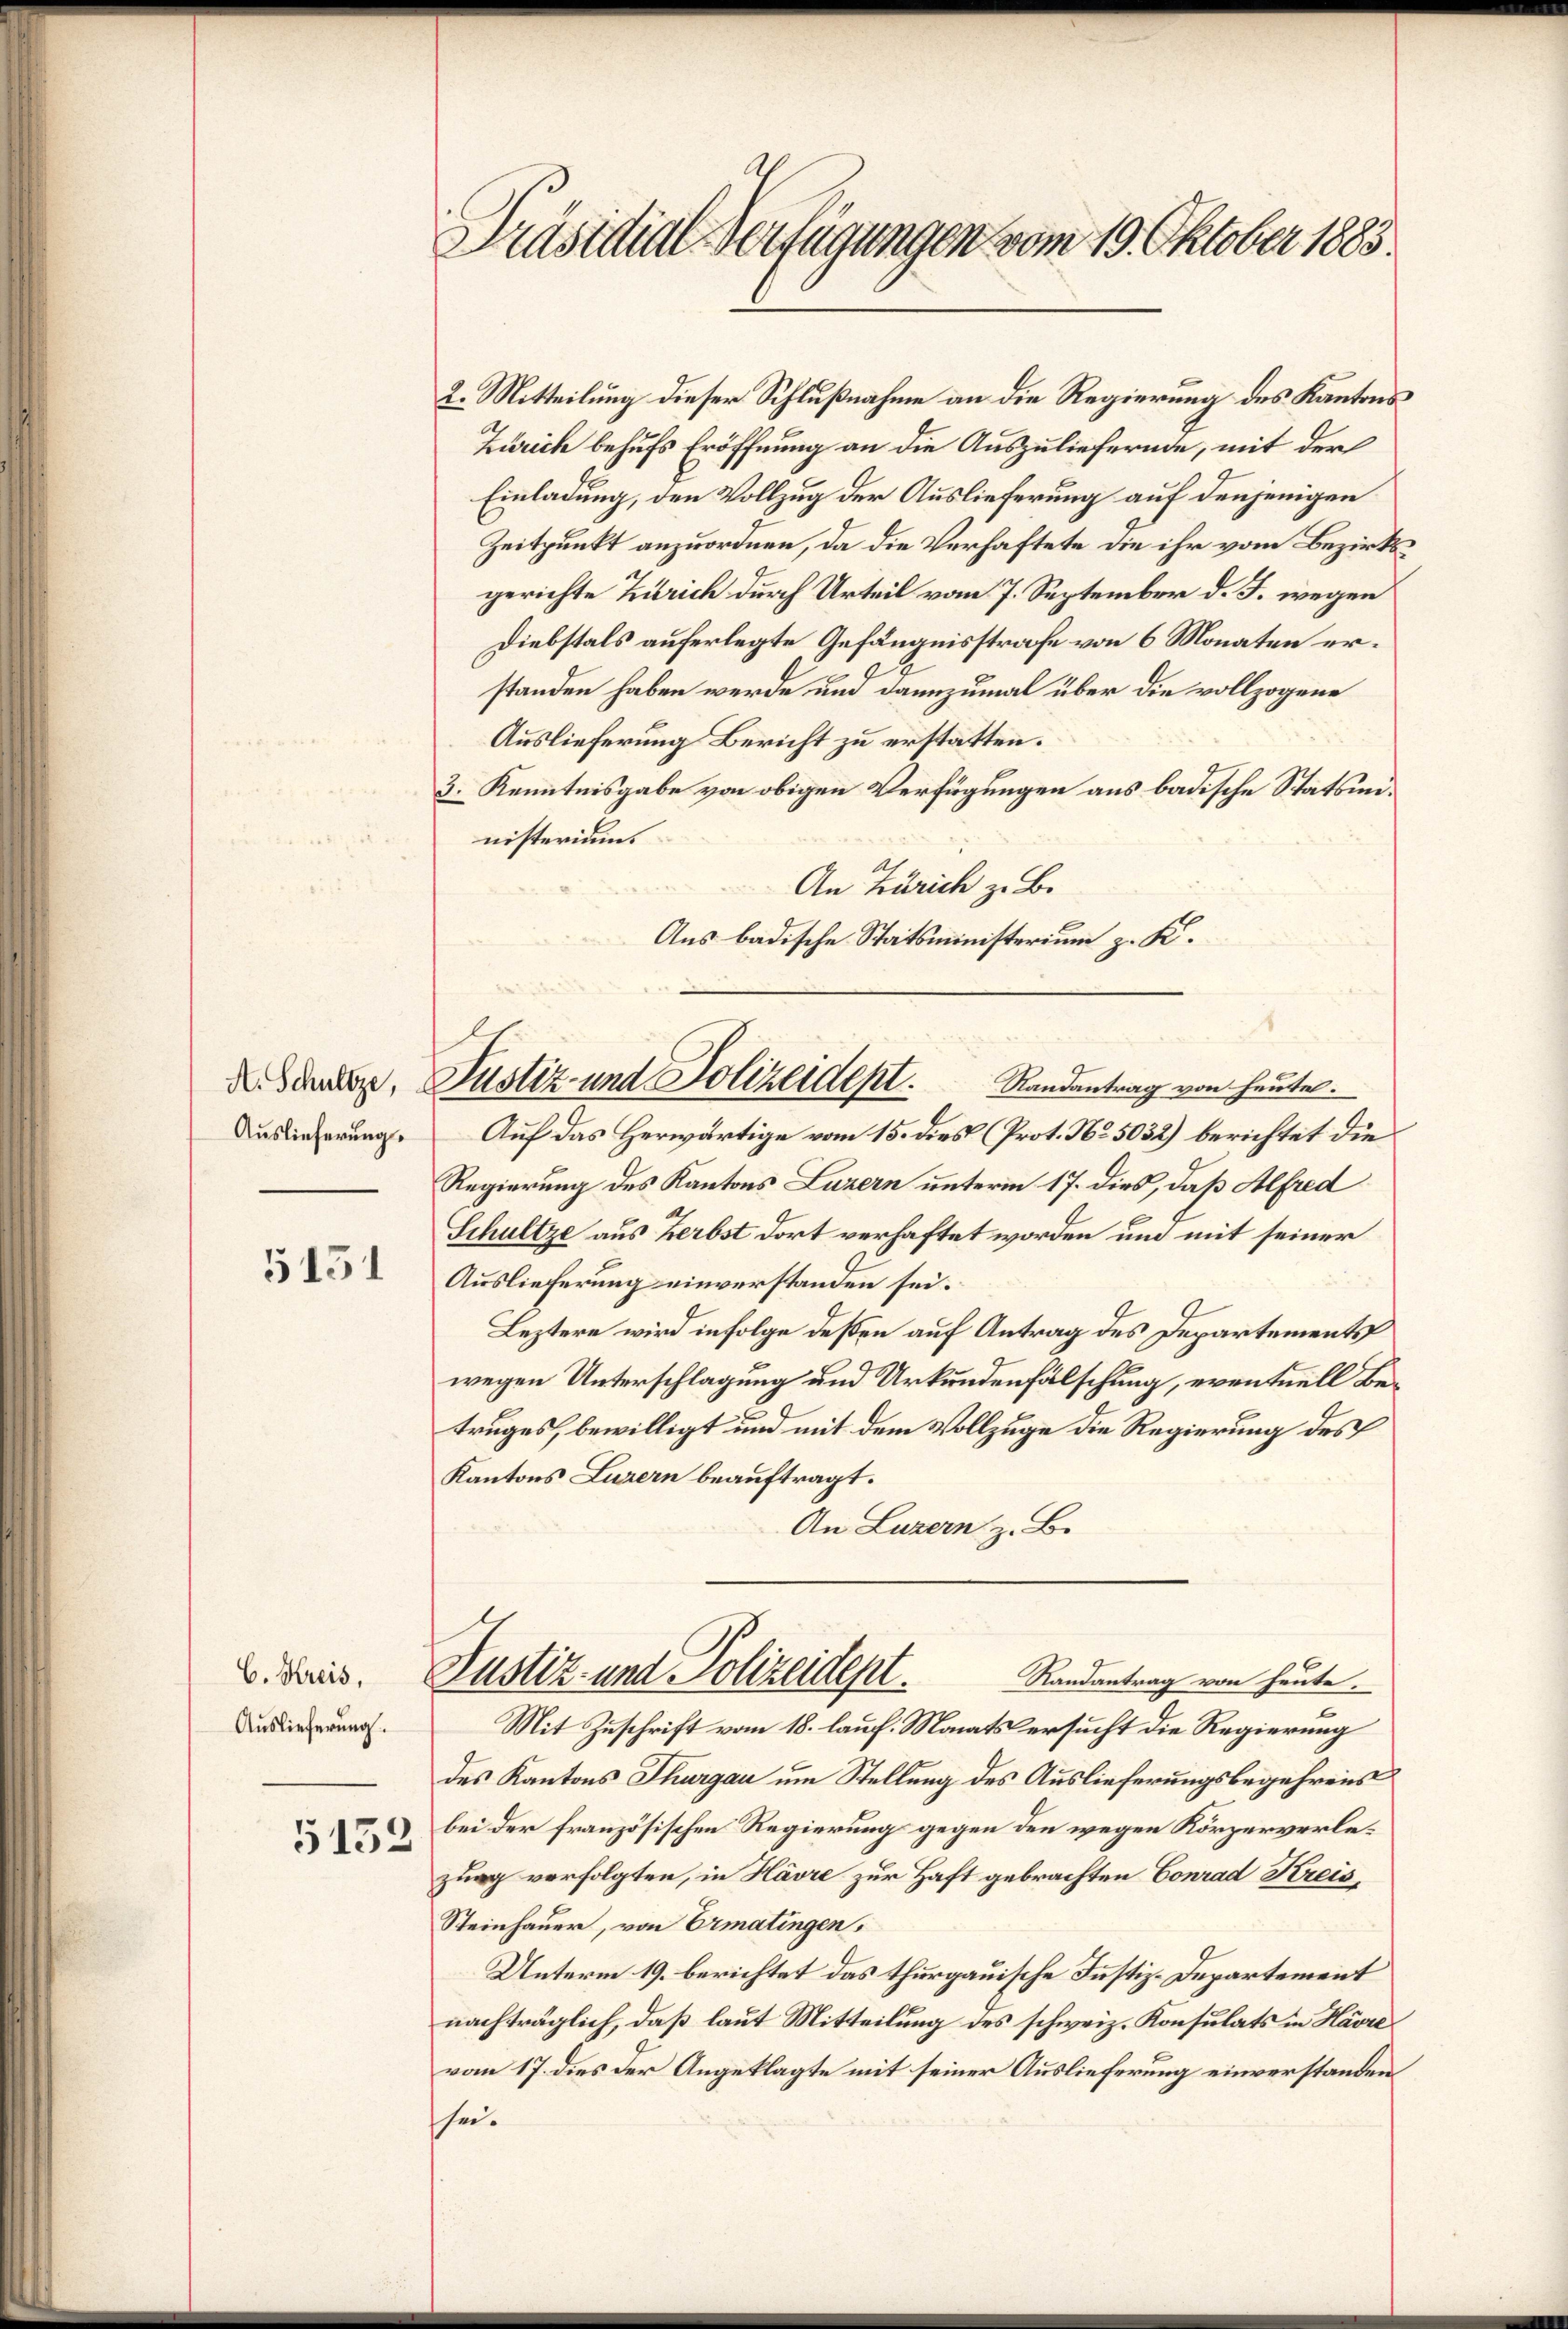
Auslieferung

5151

C. Kreis,
Auslieferung.

5152

Präsidial-Verfügungen vom 19. Oktober 1883.

2. Mitteilung dieser Schlußnahme an die Regierung des Kantons
Zürich behufs Eröffnung an die Auszuliefernde, mit der
Einladung, den Vollzug der Auslieferung auf denjenigen
Zeitpunkt anzuordnen, da die Verhaftete die ihr vom Bezirksgerichte Zürich durch Urteil vom 7. September d. J. wegen
Diebstals auferlegte Gefängnisstrafe von 6 Monaten erstanden haben werde und dannzumal über die vollzogene
Auslieferung Bericht zu erstatten.
3. Kenntnisgabe von obigen Verfügungen aus badische Statsministerium.
An Zürich z. B.
Aus badische Statsministerium z. K.
Auf das Herwärtige vom 15. dies (Prot. No. 5032) berichtet die
Regierung des Kantons Luzern unterm 17. dies, daß Alfred
Schultze aus Herbst dort verhaftet worden und mit seiner
Auslieferung einverstanden sei.
Leztere wird infolge deßen auf Antrag des Departements
wegen Unterschlagung und Urkundenfälschung, eventuell Betruges, bewilligt und mit dem Vollzuge die Regierung des
Kantons Luzern beauftragt.
An Luzern z. B.
Justiz- und Polizeidept.
Randantrag von heute.
Mit Zuschrift vom 18. lauf. Monats ersucht die Regierung
des Kantons Thurgau um Stellung des Auslieferungsbegehrens
bei der französischen Regierung gegen den wegen Körperverlezung verfolgten, in Havre zur Haft gebrachten Conrad Kreis¬
Steinhauer, von Ermatingen,
Unterm 19. berichtet das thurgauische Justiz-Departement
nachträglich, daß laut Mitteilung des schweiz. Konsulats in Havre
vom 17. dies der Angeklagte mit seiner Auslieferung einverstanden.
hei¬

d. Sander, Justiz- und Polizeident.
Randantrag von heute.